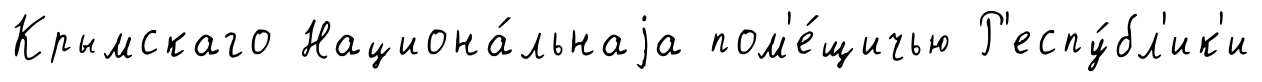
Крымскаго Национа́льнаjа пом'е́щичью Р'еспу́бл'ик'и